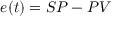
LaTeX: e ( t ) = S P - P V